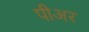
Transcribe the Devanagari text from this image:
पीअर